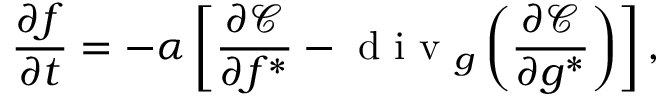
\frac { \partial f } { \partial t } = - \alpha \left[ \frac { \partial \mathcal { C } } { \partial f ^ { * } } - \textrm { d i v } _ { \boldsymbol { g } } \left( \frac { \partial \mathcal { C } } { \partial \boldsymbol { g } ^ { * } } \right) \right] ,